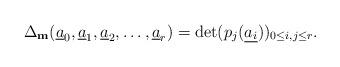
LaTeX: \begin{align*} \Delta_{\mathbf{m}}(\underline{a}_0, \underline{ a}_1, \underline{a}_2,\ldots, \underline{a}_{r})= \det(p_j(\underline{a_i}))_{0 \leq i, j \leq r}.\end{align*}